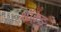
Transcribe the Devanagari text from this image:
शॉक्ड